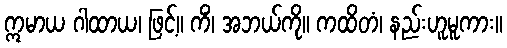
ဣမာယ ဂါထာယ၊ ဖြင့်။ ကိံ၊ အဘယ်ကို။ ကထိတံ၊ နည်းဟူမူကား။